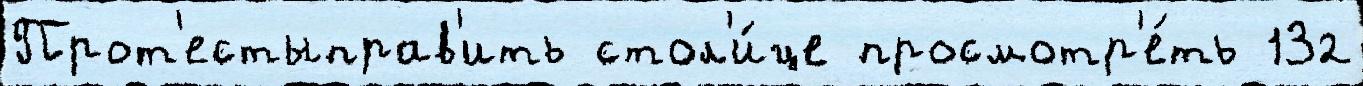
Прот'естыправ'ить стол'и́це просмотр'е́ть 132